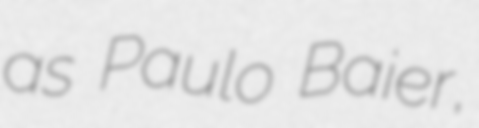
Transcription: as Paulo Baier,